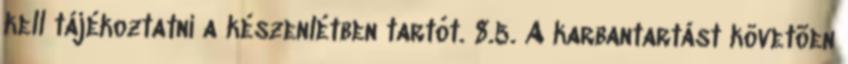
kell tájékoztatni a készenlétben tartót. 8.5. A karbantartást követõen